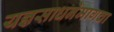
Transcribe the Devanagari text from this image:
यज्ञसाधनेमागचा